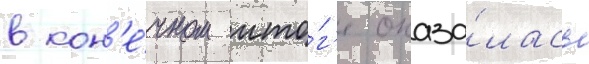
в кон'е́чном ито́г'е оказа́лась